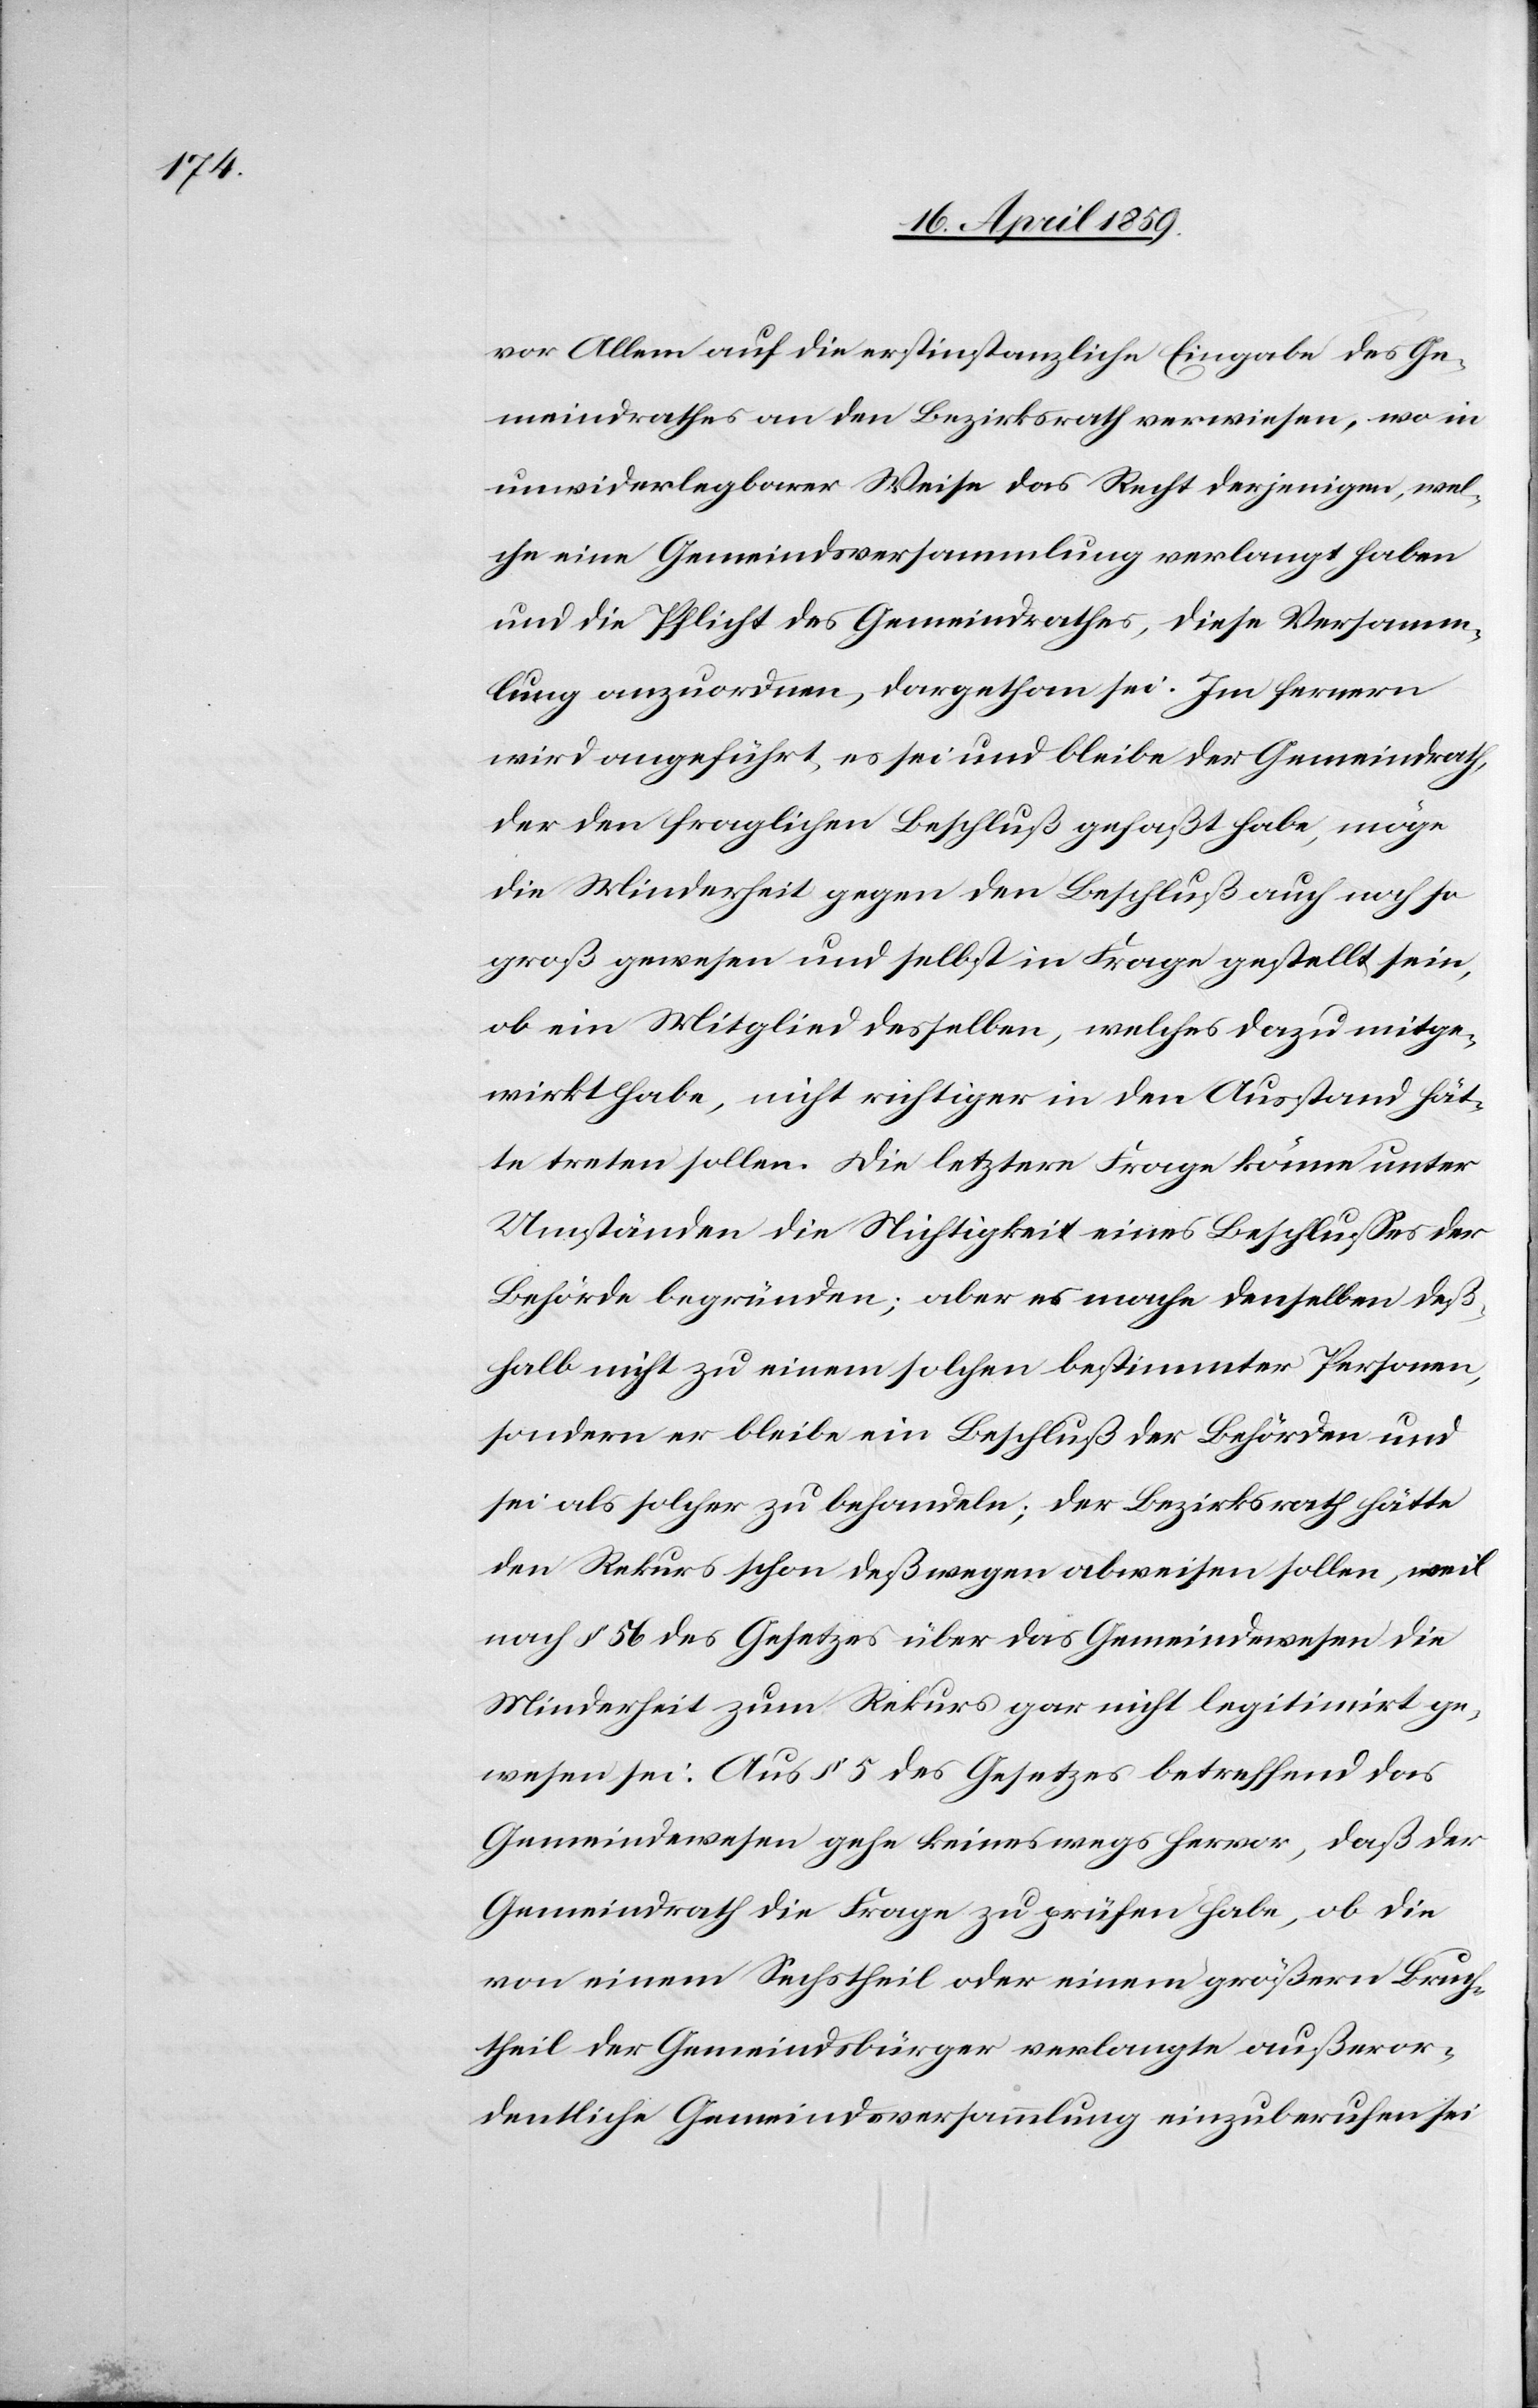
vor Allem auf die erstinstanzliche Eingabe des Ge¬
meindrathes an den Bezirksrath verwiesen, wo in
unwiderlegbarer Weise das Recht derjenigen, wel¬
che eine Gemeindsversammlung verlangt haben
und die Pflicht des Gemeindrathes, diese Versamm¬
lung anzuordnen, dargethan sei. Im fernern
wird angeführt, es sei und bleibe der Gemeindrath,
der den fraglichen Beschluß gefaßt habe, möge
die Minderheit gegen den Beschluß auch noch so
groß gewesen und selbst in Frage gestellt sein,
ob ein Mitglied desselben, welches dazu mitge¬
wirkt habe, nicht richtiger in den Ausstand hät¬
te treten sollen. Die letztere Frage könne unter
Umständen die Nichtigkeit eines Beschlußes der
Behörde begründen; aber es mache denselben deß¬
halb nicht zu einem solchen bestimmter Personen,
sondern er bleibe ein Beschluß der Behörden und
sei als solcher zu behandeln; der Bezirksrath hätte
den Rekurs schon deßwegen abweisen sollen, weil
nach § 56 des Gesetzes über das Gemeindewesen die
Minderheit zum Rekurs gar nicht legitimirt ge¬
wesen sei. Aus § 5 des Gesetzes betreffend das
Gemeindewesen gehe keineswegs hervor, daß der
Gemeindrath die Frage zu prüfen habe, ob die
von einem Sechstheil oder einem größern Bruch¬
theil der Gemeindsbürger verlangte außeror¬
dentliche Gemeindeversammlung einzuberufen sei